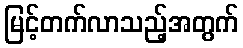
မြင့်တက်လာသည့်အတွက်